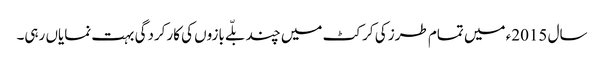
سال 2015ء میں تمام طرز کی کرکٹ میں چند بلّے بازوں کی کارکردگی بہت نمایاں رہی۔